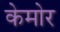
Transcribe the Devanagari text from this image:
केमोर